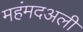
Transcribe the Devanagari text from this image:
महंमदअली